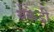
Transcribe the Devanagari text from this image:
थेक्केडी